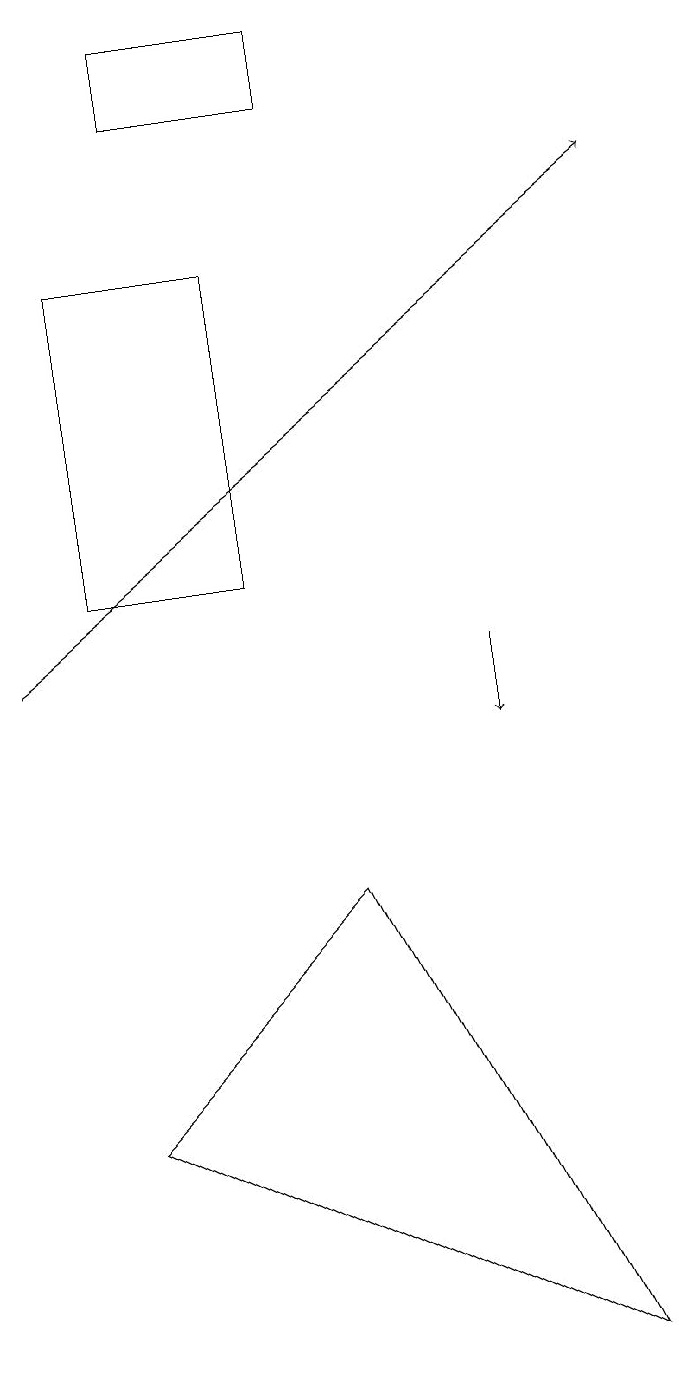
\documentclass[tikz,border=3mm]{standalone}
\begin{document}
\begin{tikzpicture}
\draw (1,12) rectangle (3,16);
\draw (1,5) -- (4,8) -- (7,2) -- cycle;
\draw (4,19) rectangle (2,18);
\draw[->] (0,11) -- (8,17);
\draw[->] (6,11) -- (6,10);
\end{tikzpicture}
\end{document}